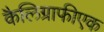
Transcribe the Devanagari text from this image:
कैलिग्राफीएक